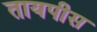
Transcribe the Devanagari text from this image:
तायपीस